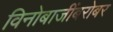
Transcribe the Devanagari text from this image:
विनोबाजींबरोबर